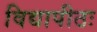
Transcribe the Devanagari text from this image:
विद्यापीठः